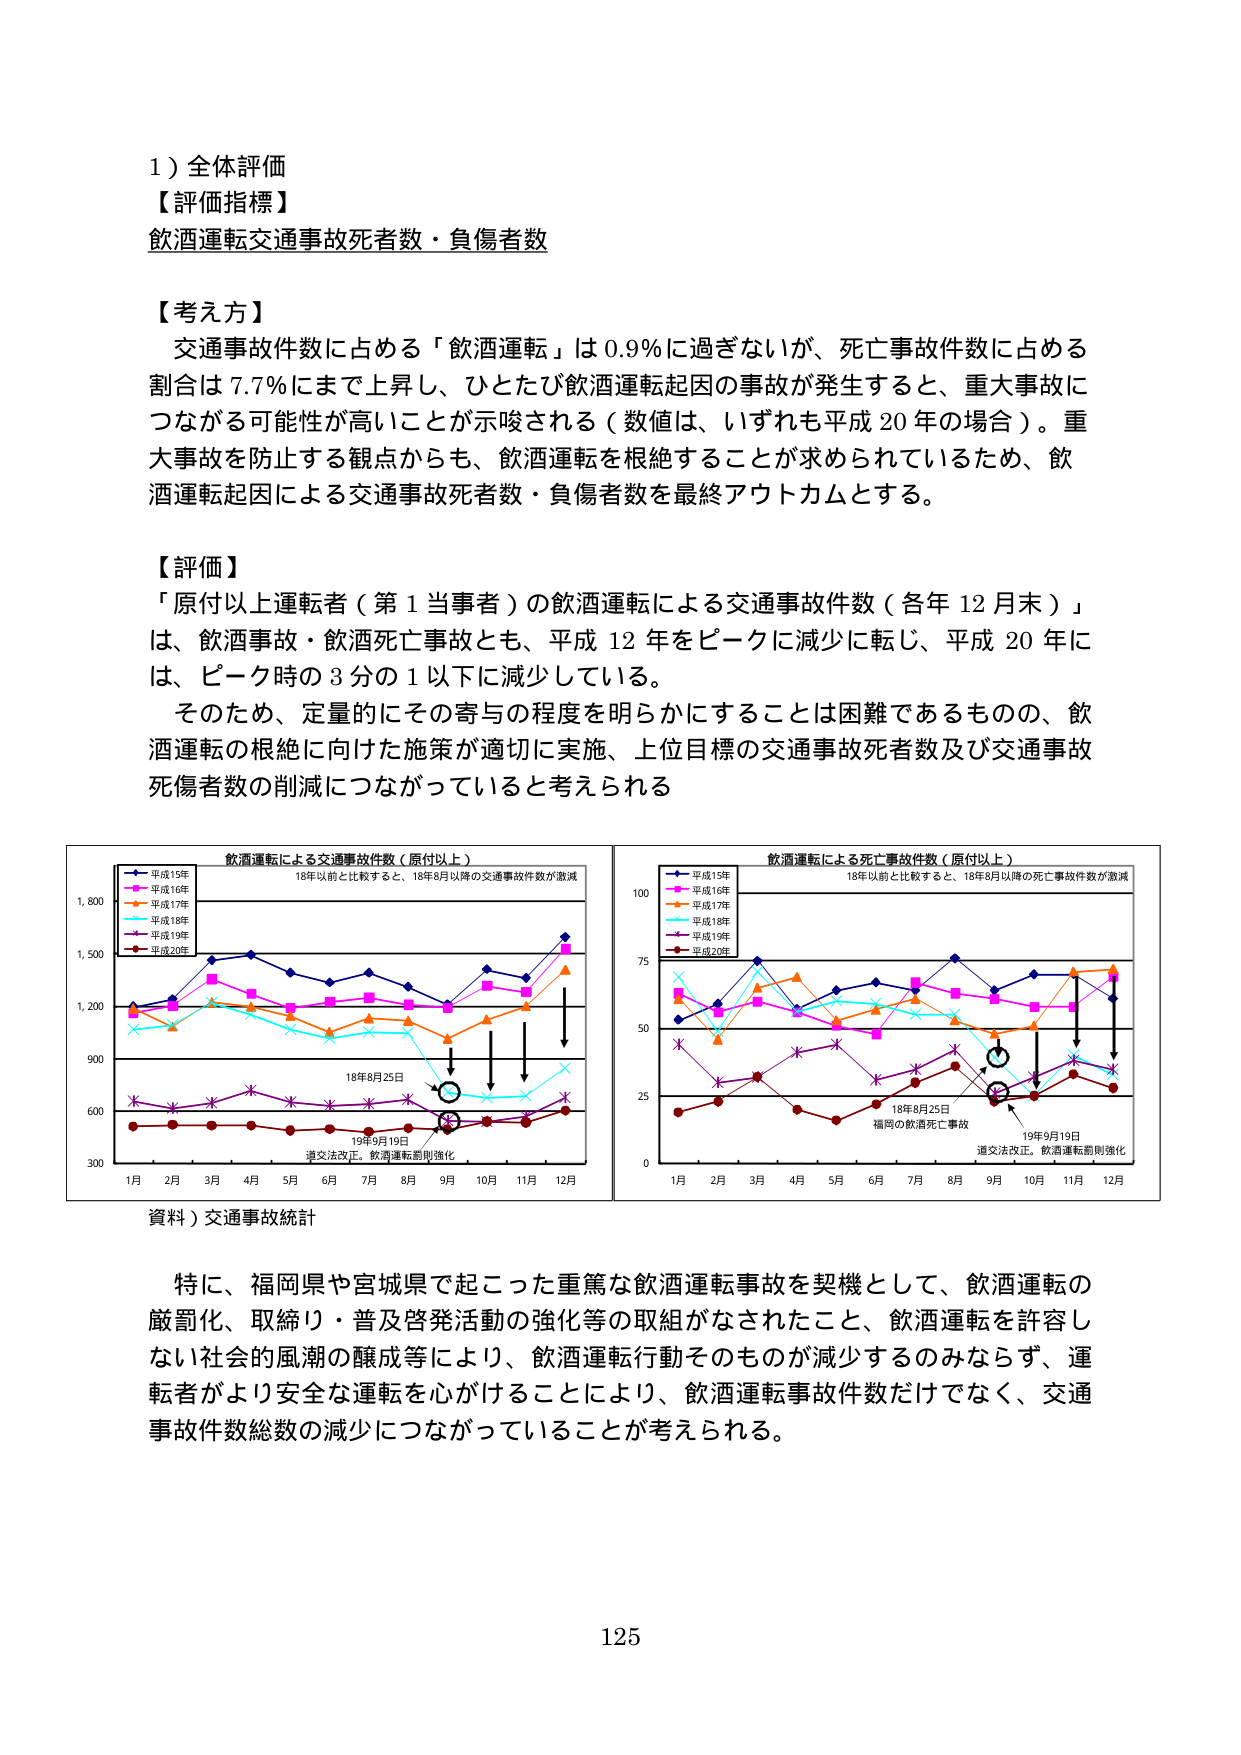
1) 全体評価
【評価指標】
飲酒運転交通事故死者数・負傷者数

【考え方】
交通事故件数に占める「飲酒運転」は 0.9％に過ぎないが、死亡事故件数に占める割合は 7.7％にまで上昇し、ひとたび飲酒運転起因の事故が発生すると、重大事故につながる可能性が高いことが示唆される（数値は、いずれも平成 20 年の場合）。重大事故を防止する観点からも、飲酒運転を根絶することが求められているため、飲酒運転起因による交通事故死者数・負傷者数を最終アウトカムとする。

【評価】
「原付以上運転者（第 1 当事者）の飲酒運転による交通事故件数（各年 12 月末）」は、飲酒事故・飲酒死亡事故とも、平成 12 年をピークに減少に転じ、平成 20 年には、ピーク時の 3 分の 1 以下に減少している。
そのため、定量的にその寄与の程度を明らかにすることは困難であるものの、飲酒運転の根絶に向けた施策が適切に実施、上位目標の交通事故死者数及び交通事故死傷者数の削減につながっていると考えられる

飲酒運転による交通事故件数（原付以上）
18年以前と比較すると、18年8月以降の交通事故件数が激減
平成15年
平成16年
平成17年
平成18年
平成19年
平成20年
1,800
1,500
1,200
900
600
300
1月 2月 3月 4月 5月 6月 7月 8月 9月 10月 11月 12月
18年8月25日
19年9月19日
道交法改正。飲酒運転罰則強化

飲酒運転による死亡事故件数（原付以上）
18年以前と比較すると、18年8月以降の死亡事故件数が激減
平成15年
平成16年
平成17年
平成18年
平成19年
平成20年
100
75
50
25
0
1月 2月 3月 4月 5月 6月 7月 8月 9月 10月 11月 12月
18年8月25日
福岡の飲酒死亡事故
19年9月19日
道交法改正。飲酒運転罰則強化

資料）交通事故統計

特に、福岡県や宮城県で起こった重篤な飲酒運転事故を契機として、飲酒運転の厳罰化、取締り・普及啓発活動の強化等の取組がなされたこと、飲酒運転を許容しない社会的風潮の醸成等により、飲酒運転行動そのものが減少するのみならず、運転者がより安全な運転を心がけることにより、飲酒運転事故件数だけでなく、交通事故件数総数の減少につながっていることが考えられる。

125